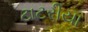
ટાટરીયા